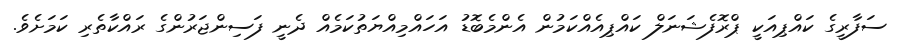
ސަފާރީގެ ކައްޕިއަކީ ޕްރޮފެޝަނަލް ކައްޕިއެއްކަމުން އެންމެބޮޑު އަހައްމިއްޔަތުކަމެއް ދެނީ ފަސިންޖަރުންގެ ރައްކާތެރި ކަމަށެވެ.